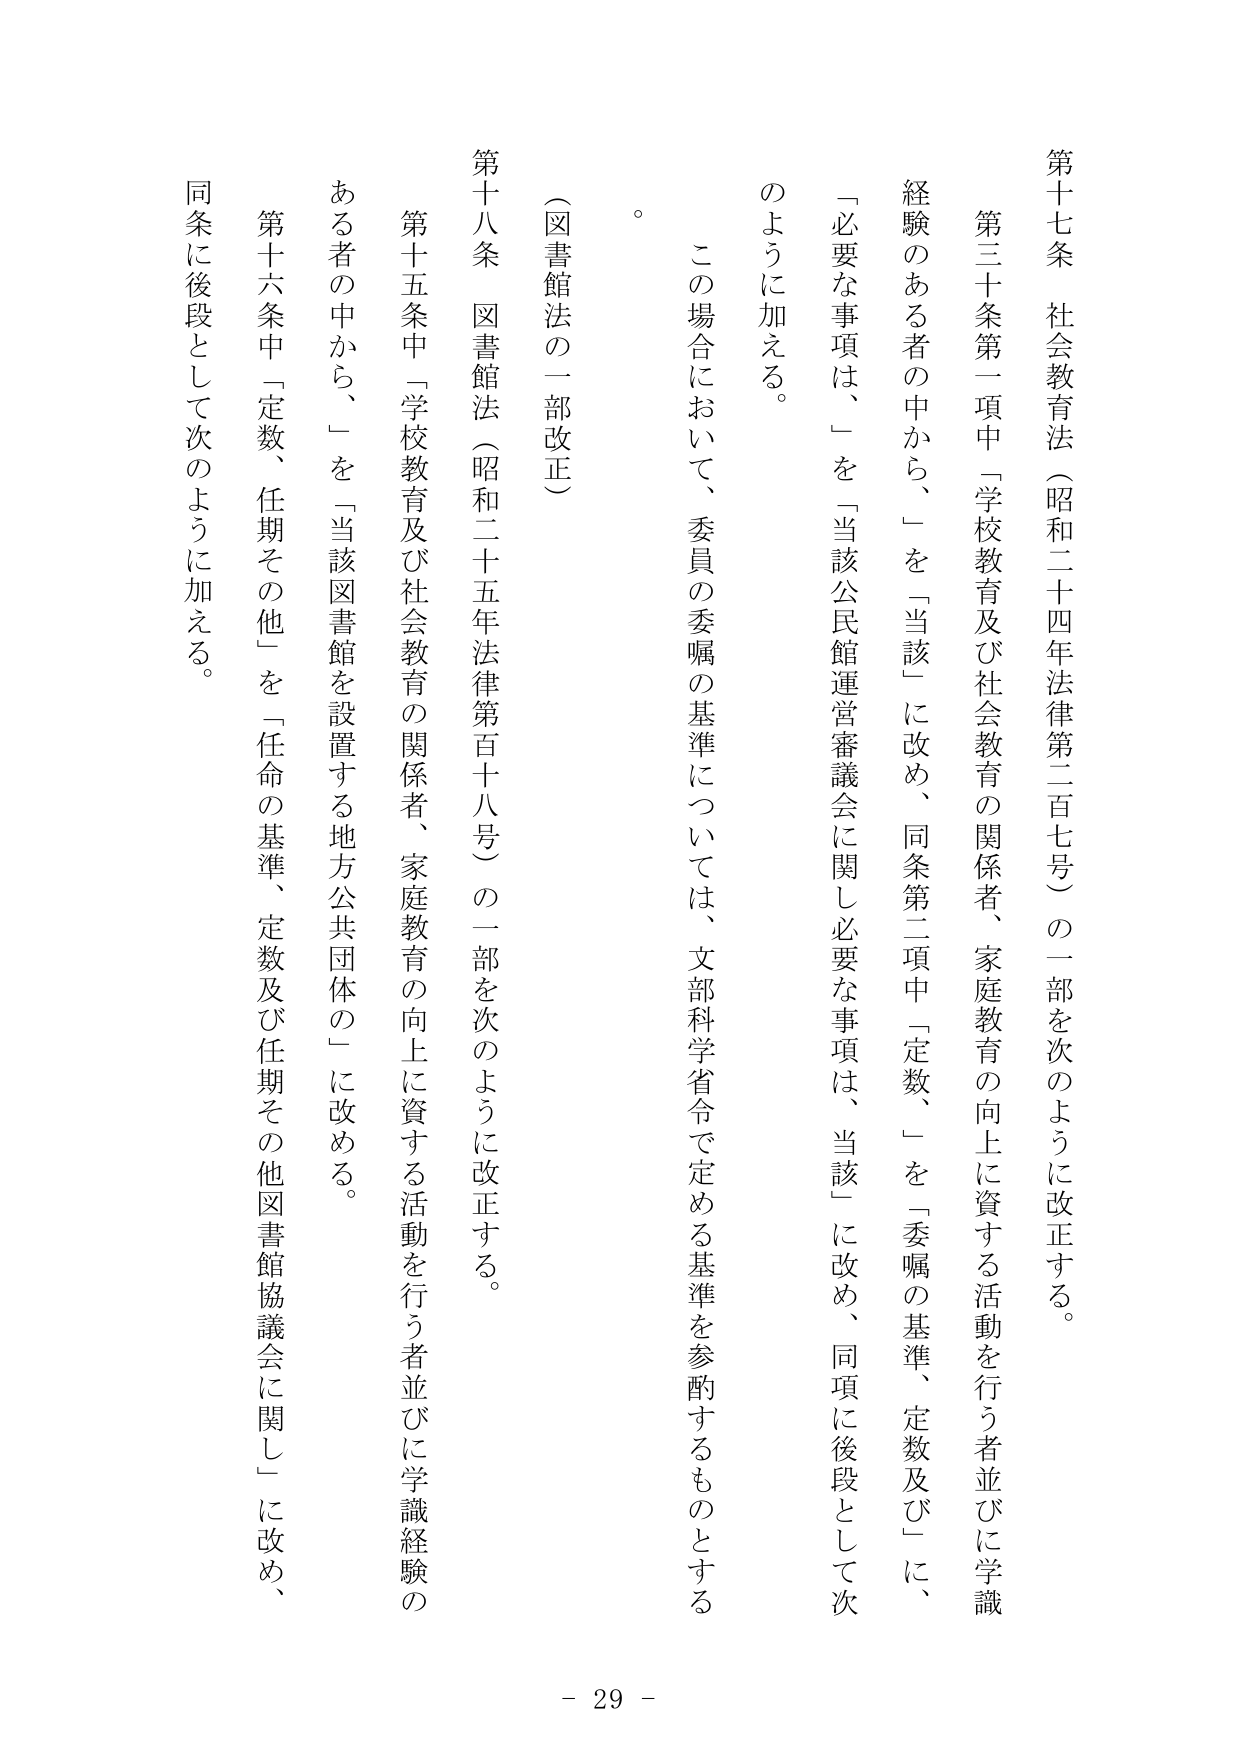
第十七条　社会教育法（昭和二十四年法律第二百七号）の一部を次のように改正する。

第三十条第一項中「学校教育及び社会教育の関係者、家庭教育の向上に資する活動を行う者並びに学識経験のある者の中から、」を「当該」に改め、同条第二項中「定数、」を「委嘱の基準、定数及び」に、「必要な事項は、」を「当該公民館運営審議会に関し必要な事項は、当該」に改め、同項に後段として次のように加える。

　この場合において、委員の委嘱の基準については、文部科学省令で定める基準を参酌するものとする。

（図書館法の一部改正）

第十八条　図書館法（昭和二十五年法律第百十八号）の一部を次のように改正する。

第十五条中「学校教育及び社会教育の関係者、家庭教育の向上に資する活動を行う者並びに学識経験のある者の中から、」を「当該図書館を設置する地方公共団体の」に改める。

第十六条中「定数、任期その他」を「任命の基準、定数及び任期その他図書館協議会に関し」に改め、同条に後段として次のように加える。

- 29 -